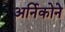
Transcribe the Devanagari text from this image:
अर्निकोने